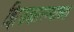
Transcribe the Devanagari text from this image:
झिडकारण्याच्या